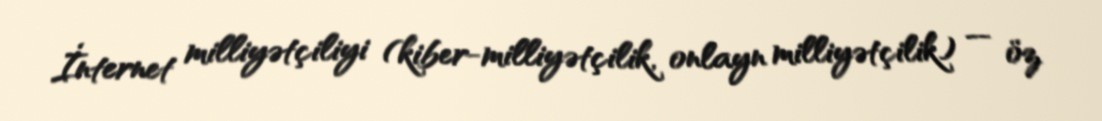
İnternet milliyətçiliyi (kiber-milliyətçilik, onlayn milliyətçilik) — öz